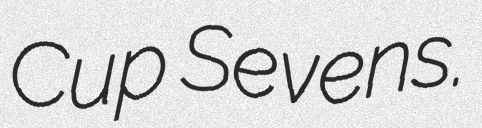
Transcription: Cup Sevens.